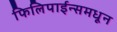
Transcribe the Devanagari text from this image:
फिलिपाईन्समधून